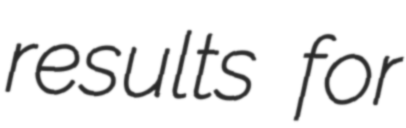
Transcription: results for